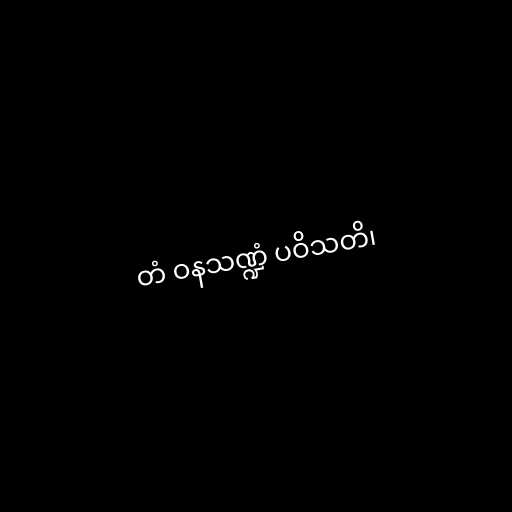
တံ ဝနသဏ္ဍံ ပဝိသတိ၊